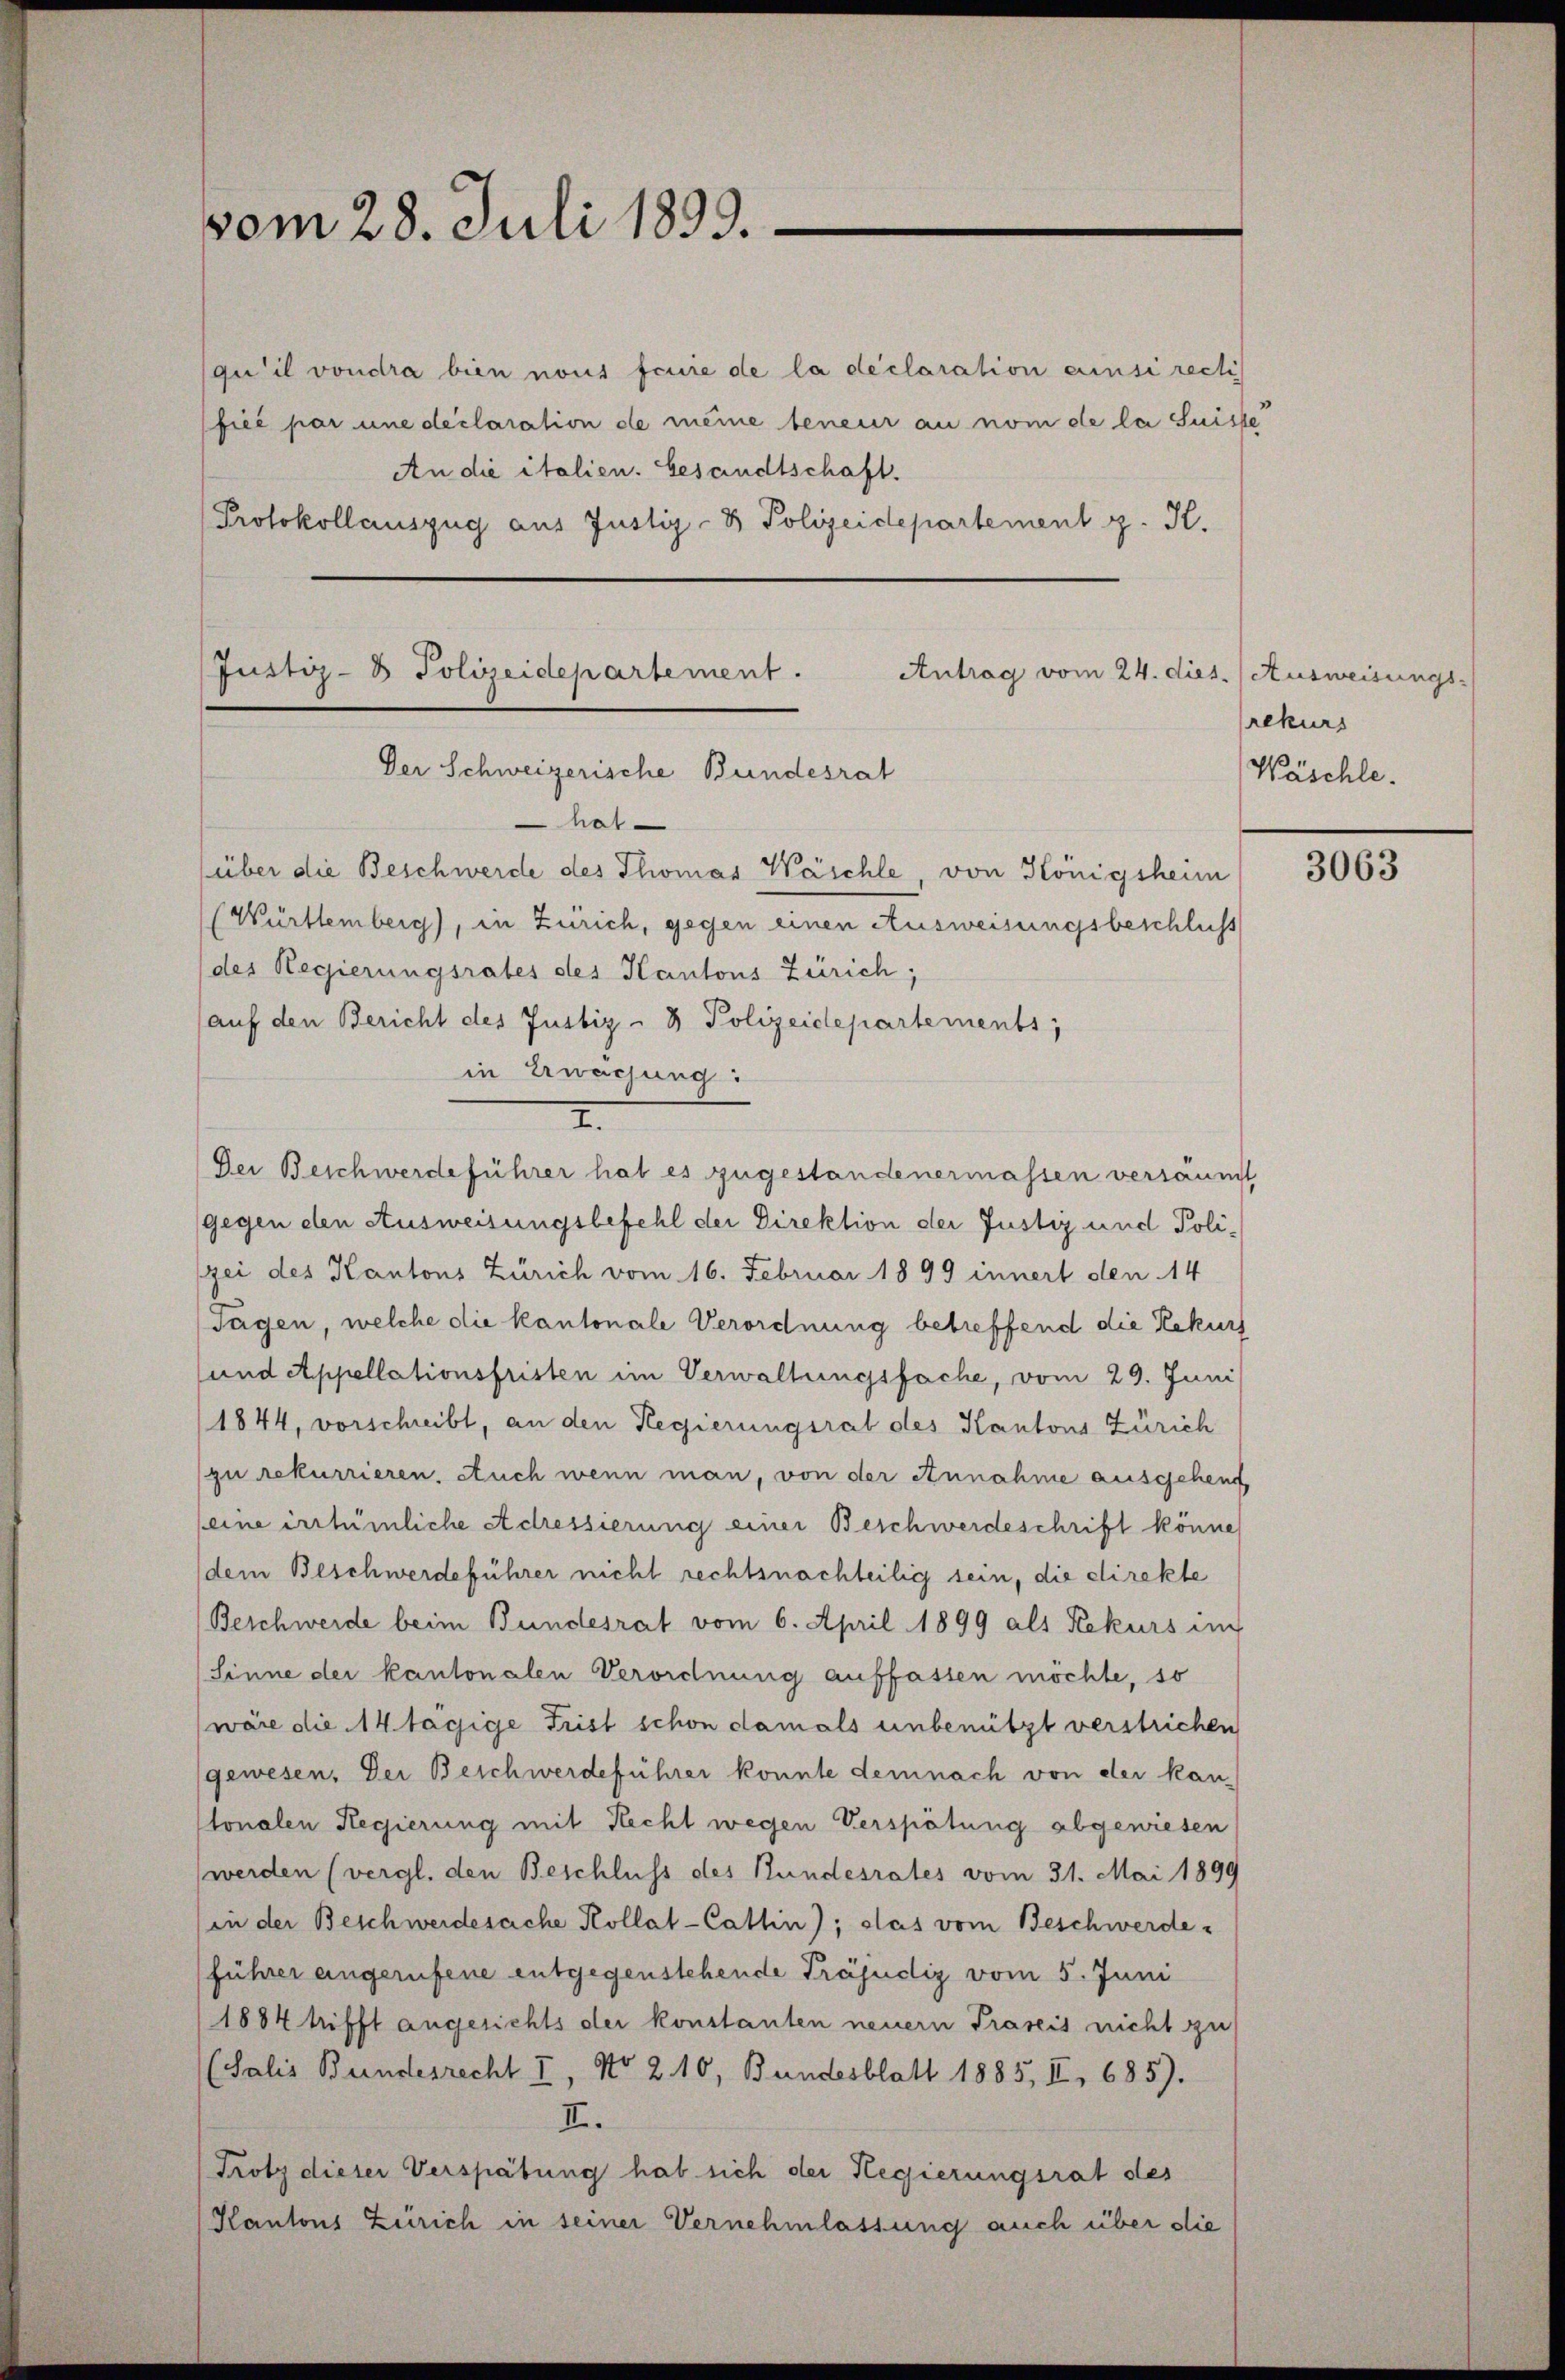
vom 28. Juli 1833.

qu’il voudra bien nous feuie de la déclaration ainsi rech
fié par une declaration de meine beneur an nom de la Suisse
An die italien. Gesandtschaft.
Protokollauszug aus Justiz- & Polizeidepartement p. K.

Justiz- & Polizeidepartement. Antrag vom 24. die
Der Schweizerische Bundesrat
hat
über die Beschwerde des Thomas Wäschle, von Königsheim

I.
Der Beschwerdeführer hab es zugestandenermassen versäumt

(Württemberg), in Zürich, gegen einen Ausweisungsbeschliess
(des Regierungsrates des Kantons Zürich;
(auf den Bericht des Justiz- & Polizeidepartements,
in Erwachung:
gegen den Ausweisungsbefehl der Direktion der Justiz und Poligei des Kantons Zürich vom 16. Februar 1899 innert den 14
sagen, welche die kantonale Verordnung betreffend die Rekurs
und Appellationsfristen im Verwaltungsfache, vom 29. Juni
1844, vorschreibt, an den Regierungsrat des Kantons Zürich
(zu rekurrieren. Auch wenn man, von der Annahme ausgehend
(eine irrtümliche Adressierung einer Beschwerdeschrift könne
dem Beschwerdeführer nicht rechtsnachteilig sein, die direkte
Beschwerde beim Bundesrat vom 6. April 1899 als Rekurs im
(Sinne der kantonalen Verordnung auffassen möchte, so
wäre die 14 tägige Frist schon damals unbenützt verstrichen
gewesen. Der Beschwerdeführer konnte demnach von der kan-
tonalen Regierung mit Recht wegen Verspätung abgewiesen
werden (vergl. den Beschluss des Bundesrates vom 31. Mai 1899
in der Beschwerdesache Kollat-Cattin); das vom Beschwerde
führer angerufene entgegenstehende Präjudiz vom 5. Juni
1884 trifft angesichts der konstanten neuern Praxis nicht zu
(Salis Bundesrecht II, No 210, Bundesblatt 1885, II, 685).
II.
Trotz dieser Verspätung hab sich der Regierungsrat des
Kantons Zürich in seiner Vernehmlassung auch über die

1.) Ausweisungs-
rekurs
Wäschle.

3063